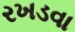
રખડવા